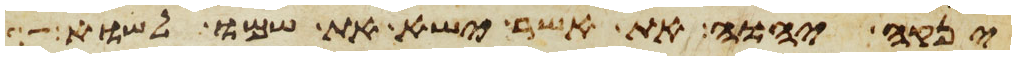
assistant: ינקה יהוה את אשר ישא את שמו לשוא